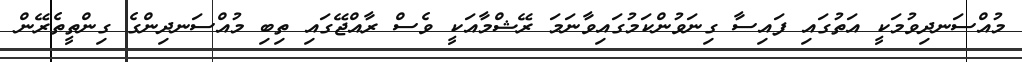
މުއްސަނދިވުމަކީ އަތުގައި ފައިސާ ގިނަވުންކަމުގައިވާނަމަ ރޭޝްމާއަކީ ވެސް ރާއްޖޭގައި ތިބި މުއްސަނދިންގެ ގިންތީތެރޭން